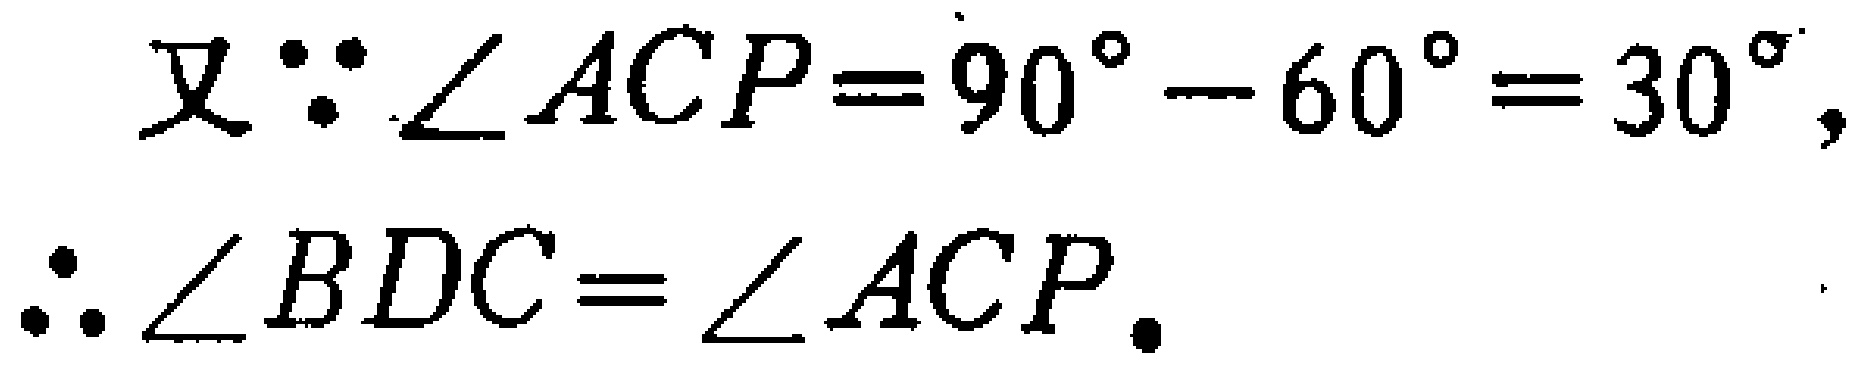
\[

\begin{align*}

\text{又} \because \angle ACP = 90^{\circ} - 60^{\circ} = 30^{\circ},\\

\therefore \angle BDC = \angle ACP.

\end{align*}

\]